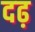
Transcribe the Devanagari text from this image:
दढ़